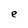
Character: e